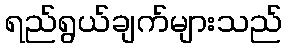
ရည်ရွယ်ချက်များသည်